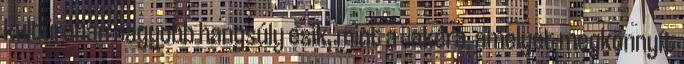
kultúrában nagyobb hangsúly esik, mint a ﬁakéra, amelyet megkönnyít